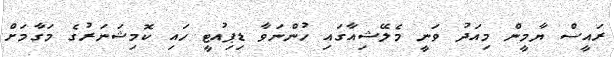
ރައީސް ޔާމީން މިއަދު ވަނީ މެލޭޝިއާގައި ހުންނަވާ ޑިޕިއުޓީ ހައި ކޮމިޝަނަރުގެ މަގާމަށް